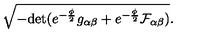
\sqrt { - \mathrm { d e t } ( e ^ { - \frac { \phi } { 2 } } g _ { \alpha \beta } + e ^ { - \frac { \phi } { 2 } } { \cal F } _ { \alpha \beta } ) } .